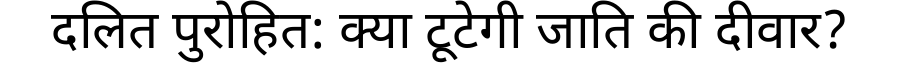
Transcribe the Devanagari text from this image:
दलित पुरोहित: क्या टूटेगी जाति की दीवार?